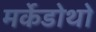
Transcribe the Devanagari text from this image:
मर्केडोथो